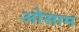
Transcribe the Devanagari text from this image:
ओसाम